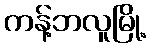
ကန့်ဘလူမြို့